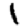
Digit: 1